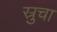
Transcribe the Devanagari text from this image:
स्रुचा